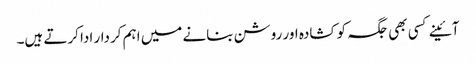
آئینے کسی بھی جگہ کو کشادہ اور روشن بنانے میں اہم کردار ادا کرتے ہیں۔